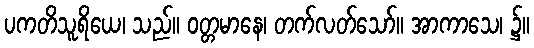
ပကတိသူရိယေ၊ သည်။ ဝတ္တမာနေ၊ တက်လတ်သော်။ အာကာသေ၊ ၌။